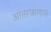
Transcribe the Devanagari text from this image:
आंतरजालास